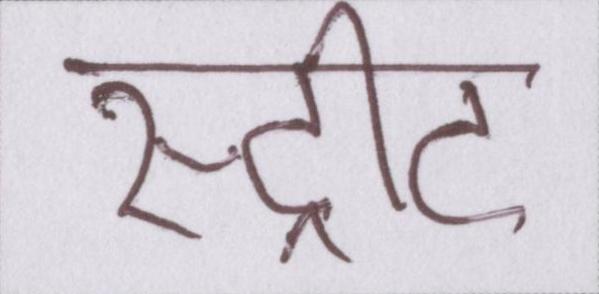
स्ट्रीट